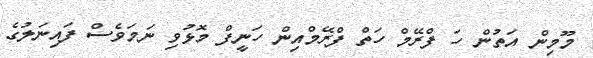
މޫމިން އަތުން ހަ ފްރޭމް ހަތް ފްރޭމްއިން ހަނީފް މޮޅުވި ނަމަވެސް ފައިނަލުގެ